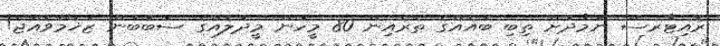
ރޮއިޓާރސް ނަމާދަށް ތިބި ބައެއްގެ ތެރެއިން 80 މީހުން މީދަލެއްގެ ސަބަބުން ޒަޚަމްވެއްޖެ!